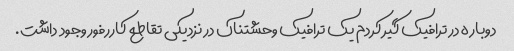
دوباره در ترافیک گیر کردم یک ترافیک وحشتناک در نزدیکی تقاطع کاررفور وجود داشت.